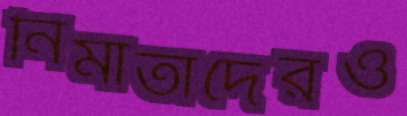
নির্মাতাদেরও